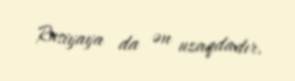
Rusiyaya da ən uzaqdadır.